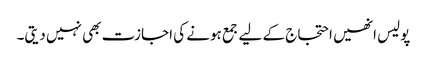
پولیس انھیں احتجاج کے لیے جمع ہونے کی اجازت بھی نہیں دیتی۔